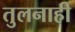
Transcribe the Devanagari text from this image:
तुलनाही